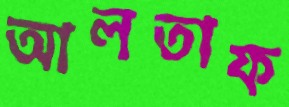
আলতাফ